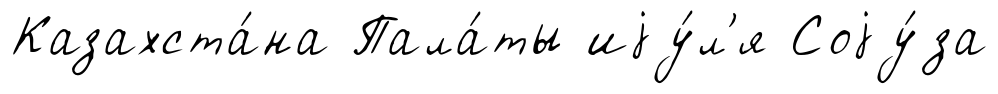
Казахста́на Пала́ты иjу́л'я Соjу́за